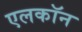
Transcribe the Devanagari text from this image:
एलकॉन